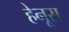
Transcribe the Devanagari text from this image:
हेनूस